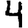
Digit: 4